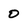
Character: 0